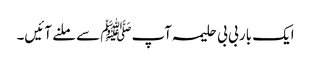
ایک بار بی بی حلیمہ آپﷺ سے ملنے آئیں۔